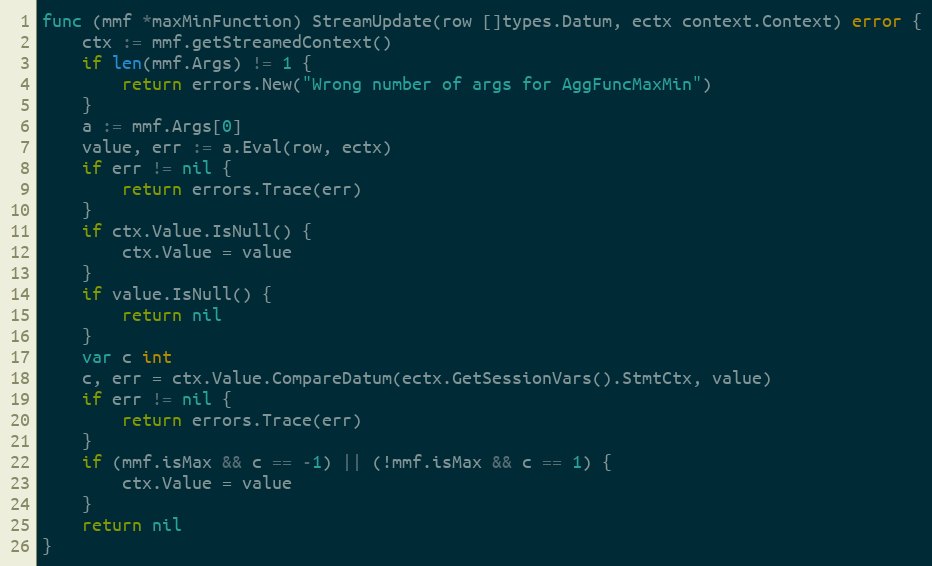
Language: Go
func (mmf *maxMinFunction) StreamUpdate(row []types.Datum, ectx context.Context) error {
	ctx := mmf.getStreamedContext()
	if len(mmf.Args) != 1 {
		return errors.New("Wrong number of args for AggFuncMaxMin")
	}
	a := mmf.Args[0]
	value, err := a.Eval(row, ectx)
	if err != nil {
		return errors.Trace(err)
	}
	if ctx.Value.IsNull() {
		ctx.Value = value
	}
	if value.IsNull() {
		return nil
	}
	var c int
	c, err = ctx.Value.CompareDatum(ectx.GetSessionVars().StmtCtx, value)
	if err != nil {
		return errors.Trace(err)
	}
	if (mmf.isMax && c == -1) || (!mmf.isMax && c == 1) {
		ctx.Value = value
	}
	return nil
}